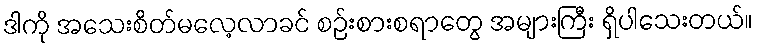
ဒါကို အသေးစိတ်မလေ့လာခင် စဉ်းစားစရာတွေ အများကြီး ရှိပါသေးတယ်။